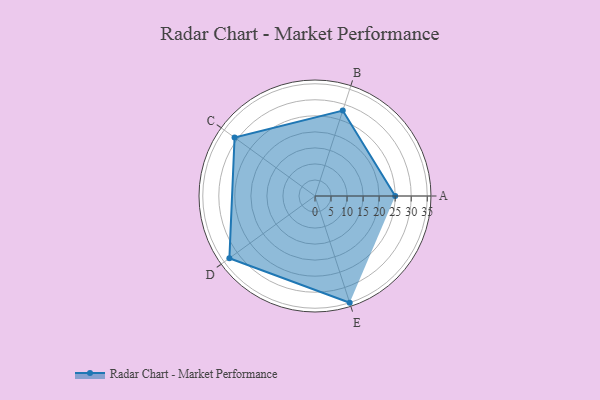
{"axis": {"x": "Skill", "y": "Score"}, "legend": ["Profile"], "data": [{"x": "A", "y": 25.0, "type": "Profile"}, {"x": "B", "y": 28.0, "type": "Profile"}, {"x": "C", "y": 31.0, "type": "Profile"}, {"x": "D", "y": 33.0, "type": "Profile"}, {"x": "E", "y": 35.0, "type": "Profile"}]}